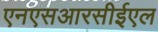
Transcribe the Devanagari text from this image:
एनएसआरसीईएल